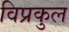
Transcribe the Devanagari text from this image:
विप्रकुल